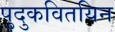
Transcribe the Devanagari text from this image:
पुदुकवितयिन